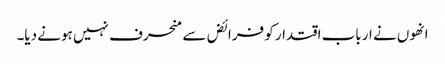
انھوں نے ارباب اقتدار کو فرائض سے منحرف نہیں ہونے دیا۔